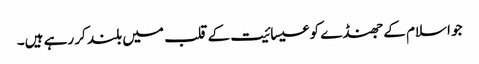
جو اسلام کے جھنڈے کو عیسائیت کے قلب میں بلند کر رہے ہیں۔